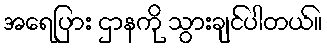
အရေပြား ဌာနကို သွားချင်ပါတယ်။